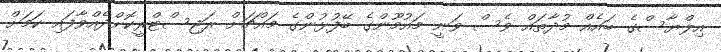
އިލްޔާސްގެ ބައެއް މުދާތައް ވެސް ވަނީ މައުމޫންގެ ބޭފުޅުންގެ މައްޗަށް ރަޖިސްޓްރީކޮށްދެއްވާފައި ކަމަށް